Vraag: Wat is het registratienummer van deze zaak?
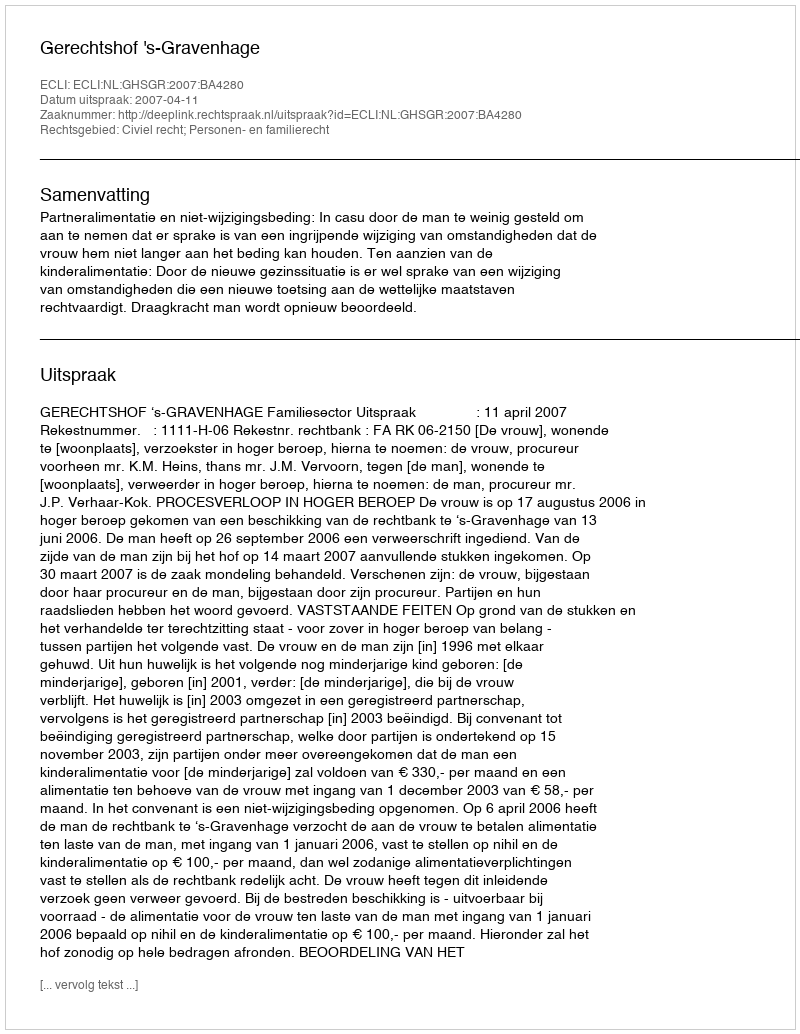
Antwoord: http://deeplink.rechtspraak.nl/uitspraak?id=ECLI:NL:GHSGR:2007:BA4280